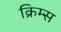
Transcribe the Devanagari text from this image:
क्रिम्स